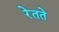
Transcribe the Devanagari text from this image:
रेतते